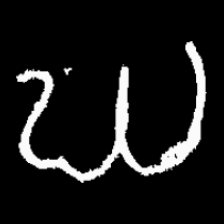
Pyu character \u2014 Myanmar letter: ဃ (romanized: gha)